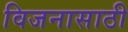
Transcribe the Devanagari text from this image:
विजनासाठी